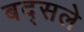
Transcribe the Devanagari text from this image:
बद्सले